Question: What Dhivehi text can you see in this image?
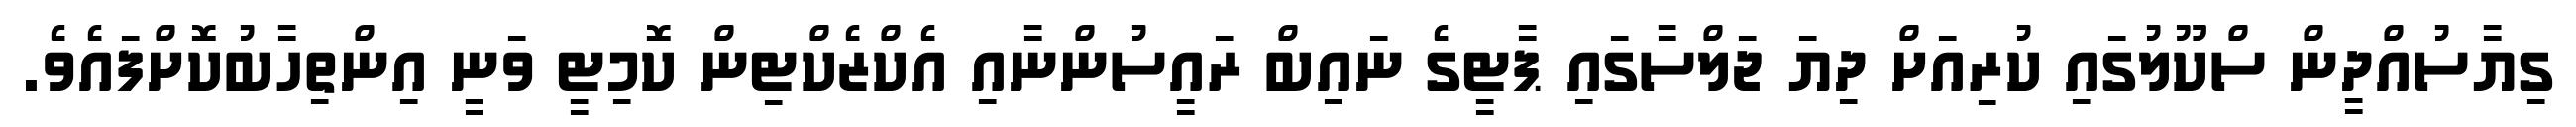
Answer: ގިޔާސުއްދީން ސްކޫލުގައި ކުރިއަށް ދިޔަ ޖަލްސާގައި ޕާޓީގެ ނައިބް ރައީސުންނާއި އެކްޒެކްޓިން ކޮމިޓީ ވަނީ އިންތިހާބުކޮށްފައެވެ.